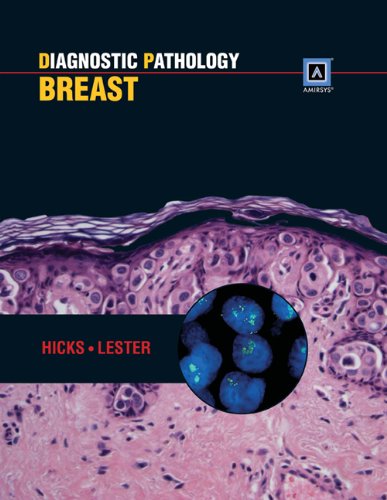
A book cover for Diagnostic Pathology: Breast: Published by AmirsysÂ®; David G. Hicks MD; Health, Fitness & Dieting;